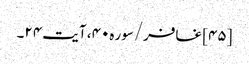
[۴۵] غافر/سوره۴۰، آیت ۲۴۔